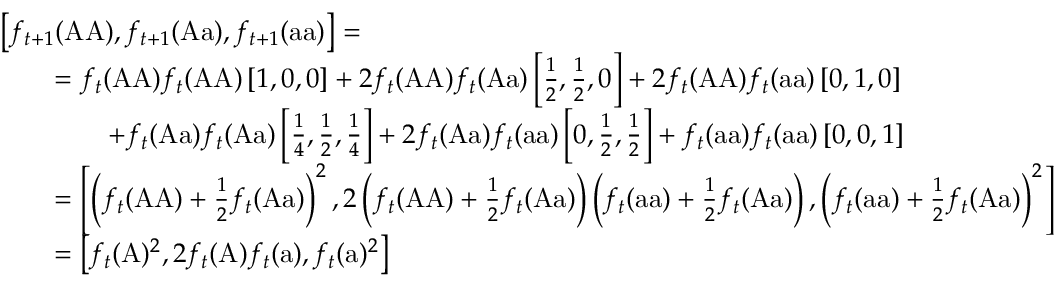
{ \begin{array} { r l } & { \left[ f _ { t + 1 } ( { \mathrm { A A } } ) , f _ { t + 1 } ( { \mathrm { A a } } ) , f _ { t + 1 } ( { \mathrm { a a } } ) \right] = } \\ & { \qquad = f _ { t } ( { \mathrm { A A } } ) f _ { t } ( { \mathrm { A A } } ) \left[ 1 , 0 , 0 \right] + 2 f _ { t } ( { \mathrm { A A } } ) f _ { t } ( { \mathrm { A a } } ) \left[ { \frac { 1 } { 2 } } , { \frac { 1 } { 2 } } , 0 \right] + 2 f _ { t } ( { \mathrm { A A } } ) f _ { t } ( { \mathrm { a a } } ) \left[ 0 , 1 , 0 \right] } \\ & { \qquad \qquad + f _ { t } ( { \mathrm { A a } } ) f _ { t } ( { \mathrm { A a } } ) \left[ { \frac { 1 } { 4 } } , { \frac { 1 } { 2 } } , { \frac { 1 } { 4 } } \right] + 2 f _ { t } ( { \mathrm { A a } } ) f _ { t } ( { \mathrm { a a } } ) \left[ 0 , { \frac { 1 } { 2 } } , { \frac { 1 } { 2 } } \right] + f _ { t } ( { \mathrm { a a } } ) f _ { t } ( { \mathrm { a a } } ) \left[ 0 , 0 , 1 \right] } \\ & { \qquad = \left[ \left( f _ { t } ( { \mathrm { A A } } ) + { \frac { 1 } { 2 } } f _ { t } ( { \mathrm { A a } } ) \right) ^ { 2 } , 2 \left( f _ { t } ( { \mathrm { A A } } ) + { \frac { 1 } { 2 } } f _ { t } ( { \mathrm { A a } } ) \right) \left( f _ { t } ( { \mathrm { a a } } ) + { \frac { 1 } { 2 } } f _ { t } ( { \mathrm { A a } } ) \right) , \left( f _ { t } ( { \mathrm { a a } } ) + { \frac { 1 } { 2 } } f _ { t } ( { \mathrm { A a } } ) \right) ^ { 2 } \right] } \\ & { \qquad = \left[ f _ { t } ( { \mathrm { A } } ) ^ { 2 } , 2 f _ { t } ( { \mathrm { A } } ) f _ { t } ( { \mathrm { a } } ) , f _ { t } ( { \mathrm { a } } ) ^ { 2 } \right] } \end{array} }